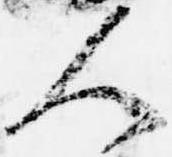
人